King Institute of Preventive Medicine Micro-Biological Section reports 1909-11
Year: 1909
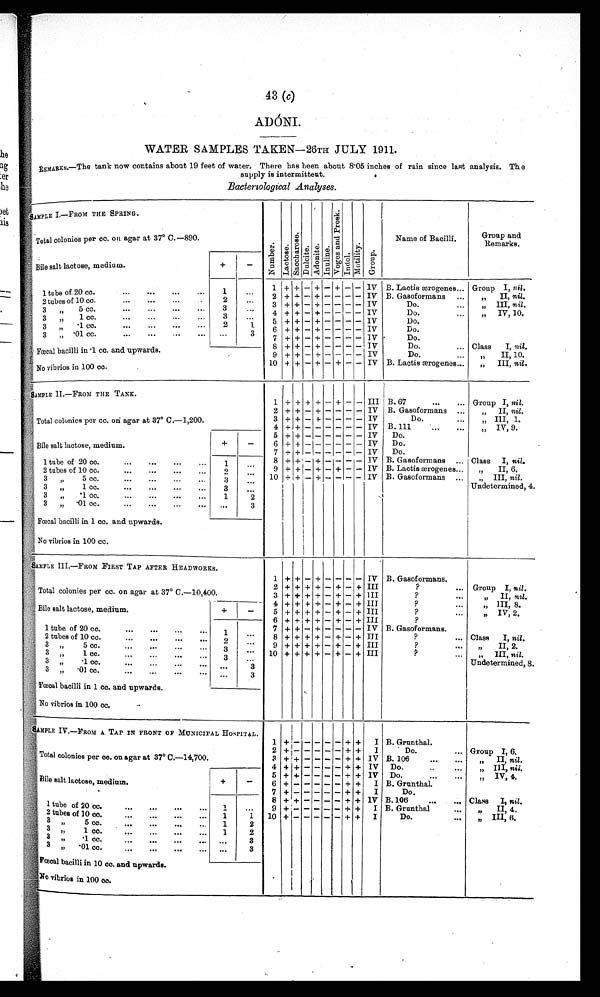
43 (c)
ADŌ NI.
WATER SAMPLES TAKEN—26TH JULY 1911.
REMARKS.—The tank now contains about 19 feet of water. There has been about 8.05 inches of rain since last analysis. The
supply is intermittent.
Bacteriological Analyses.
SAMPLE I.—FROM THE SPRING.
N u m b e r .
L a c t o s e . s a c c h a r o s e .
D u l c i t e . A d o n i t e . I n u l i n e .
V o g e s a n d P r o s k .
I n d o l . M o t i l i t y . Gr o u p .
Name of Bacilli.
Group and
Remarks.
Total colonies per cc. on agar at 37° C.—890.
Bile salt lactose, medium.
+
-
1 tube of 20 cc.
...
...
...
1
. . .
1
+ + - + - + - - IV B. Lactis ærogenes... Group I, nil .
2 + + -. +
- - - - IV B. Gasoformans
„ I I ,
n i l
.
2 tubes of 10 cc.
... ...
2
. . .
3 + + - +
- - - - IV
Do.
„ I I I ,
n i l
.
3 „ 5 cc.
...
...
...
...
3
...
4 + + - + - - - - IV
Do.
„ I V , 1 0 .
3
„ 1 cc.
...
...
...
...
3
...
5
+ + - + - - - - IV
Do.
3 „ .1 cc.
...
...
...
...
2
1 6
+ + - + - - - - IV
Do.
3 „ .01 cc.
...
...
...
...
. . .
3 7
+ + - + - - - - IV
Do.
8
+ + - + - - - - IV
Do.
... Class I, nil.
Fœcal bacilli in .1 cc. and upwards.
9 + + - + - - - - IV
Do.
... „ II, 10.
No vibrios in 100 cc.
10 + + - + - + -
- IV B. Lactis ærogenes...
„ III, nil .
SAMPLE II.—FROM THE TANK.
1 + + + + - + - - III B. 67
...
... Group I, nil .
Total colonies per cc. on agar at 37° C.—1,200.
2 + + - + - - - - IV B. Gasoformans ...
„ II, nil .
3 + + - + - - - - IV
Do.
...
„ III, 1.
4 + + - -
- - - - IV B. 111
„ I V , 9 .
Bile salt lactose, medium.
+
-
5
+ + - -
- - - - IV
Do.
6 + + - -
- - - - IV
Do.
7 + + - -
- - - - IV
Do.
1 tube of 20 cc.
1
. . .
8 + + - + - - - - IV B. Gasoformans ... Class I, nil.
2 tubes of 10 cc.
2
. . .
9 + + - + - + - - IV B. Lactis ærogenes...
„ II, 6.
3 „ 5 cc.
...
..
...
. . .
3
. . .
10 + + - + - - - - IV B. Gasoformans ...
„ III, nil.
3 „ 1 cc.
...
...
...
...
3
...
3 „ .1 cc.
...
...
...
. . .
1
2
Undetermined, 4 .
3 „ .01 cc.
...
...
...
. . .
. . . 3
Fœcal bacilli in 1 cc. and upwards.
No vibrios in 100 cc.
SAMPLE III.—FROM FIRST TAP AFTER HEADWORKS.
1 + + - + - - - - IV B. Gasoformans.
Total colonies per cc. on agar at 37° C.—10,400.
2 + + + + - + - + III
?
... Group I, nil .
3 + + + + - + - + III
?
...
„ II, nil.
Bile salt lactose, medium.
+
-
4
+ + + + - + - + III
?
...
„ III, 8.
5 + + + + - + - + III
?
„ IV, 2.
6 + + + + - + - + III
?
1 tube of 20 cc.
1
. . .
7 + + - + - - - - IV B. Gasoformans.
2 tubes of 10 cc.
2
. . .
8 + + + + - + - +
I I I
?
... Class I, nil .
3 „ 5 cc.
3
. . .
9 + + + + - + - + III
?
...
„ II, 2.
3 „ 1 cc.
3
. . .
10 + + + + - + - + III
?
...
„ III, nil
..
3 „ . 1 c c .
. . .
3
3 „ .01 cc.
...
...
...
...
...
3
Undetermined, 8
Fœcal bacilli in 1 cc. and upwards.
No vibrios in 100 cc.
SAMPLE IV.—FROM A TAP IN FRONT OF MUNICIPAL HOSPITAL.
1
+
-
- - - -
+ +
I B. Grunthal.
Total colonies per co. on agar at 37° C.-14,700.
2
+ -
- - - - + +
I
Do.
... Group I, 6.
3 +
+ - - - - + + IV B. 106
„ I I ,
n i l .
4 + + - - - - + + IV Do.
..
...
„ III, nil.
Bile salt lactose, medium.
+
-
5 + + - - - - + + IV Do.
...
...
„ IV, 4.
6
+ -
- - - - + +
I B. Grnnthal.
7
+ -
- - - - + +
I
Do.
1 tube of 20 cc.
...
...
...
1
. . .
8 + + - - - - + + IV B.106
...
... Class I, nil.
9
+ -
- - - - + + I B. Grunthal
„ I I , 4 .
2 tubes of 10 cc.
1
1
10
+ -
- - - - + + I
Do.
„ I I I , 6 .
3 „ 5 cc.
...
...
...
1
2
3 „ 1 cc.
...
1
2
3 „ .1 cc.
...
...
...
...
. . .
3
3 „ .01 cc.
...
...
...
...
. . .
3
Fœcal bacilli in 10 cc. and upwards.
No vibrios in 100 cc.